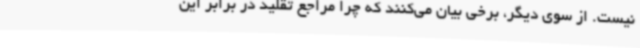
نیست. از سوی دیگر، برخی بیان می‌کنند که چرا مراجع تقلید در برابر این